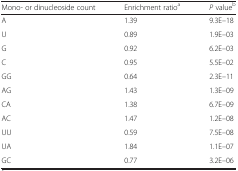
<table><thead><tr><td><b>Mono- or dinucleoside count</b></td><td><b>Enrichment ratio<sup>a</sup></b></td><td><b><i>P</i> value<sup>b</sup></b></td></tr></thead><tbody><tr><td>A</td><td>1.39</td><td>9.3E–18</td></tr><tr><td>U</td><td>0.89</td><td>1.9E–03</td></tr><tr><td>G</td><td>0.92</td><td>6.2E–03</td></tr><tr><td>C</td><td>0.95</td><td>5.5E–02</td></tr><tr><td>GG</td><td>0.64</td><td>2.3E–11</td></tr><tr><td>AG</td><td>1.43</td><td>1.3E–09</td></tr><tr><td>CA</td><td>1.38</td><td>6.7E–09</td></tr><tr><td>AC</td><td>1.47</td><td>1.2E–08</td></tr><tr><td>UU</td><td>0.59</td><td>7.5E–08</td></tr><tr><td>UA</td><td>1.84</td><td>1.1E–07</td></tr><tr><td>GC</td><td>0.77</td><td>3.2E–06</td></tr></tbody></table>